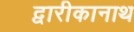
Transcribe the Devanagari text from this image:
द्वारीकानाथ